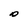
Character: O